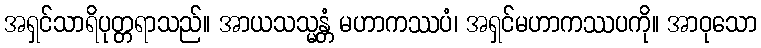
အရှင်သာရိပုတ္တရာသည်။ အာယသသ္မန္တံ မဟာကဿပံ၊ အရှင်မဟာကဿပကို။ အာဝုသော